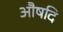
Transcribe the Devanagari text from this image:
औषदि